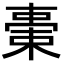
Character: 𣗞